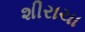
શીરાચા